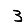
Digit: 3